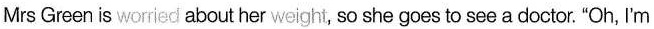
Mrs Green is worried about her weight, so she goes to see a doctor. "Oh, I'm